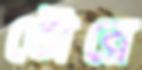
তৌরে